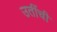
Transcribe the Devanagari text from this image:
उतींची